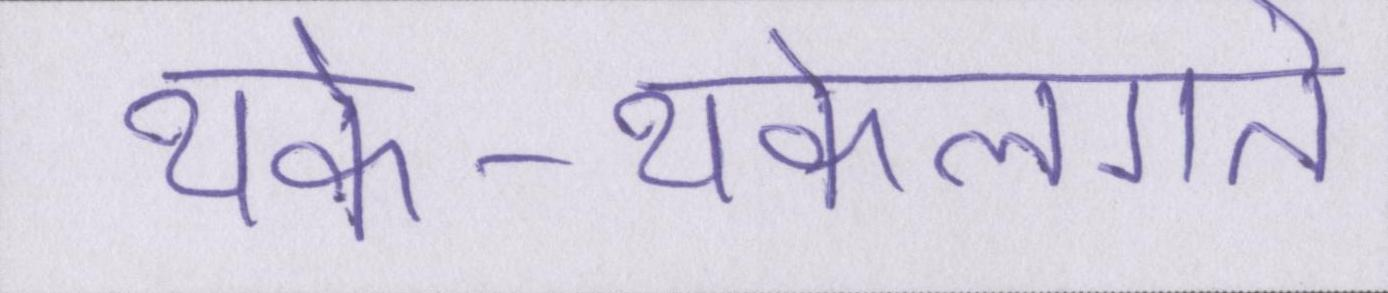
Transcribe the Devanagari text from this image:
थके-थकेलगते